Lunatic asylums Punjab 1881-1894 - 1881-1894
Year: 1881
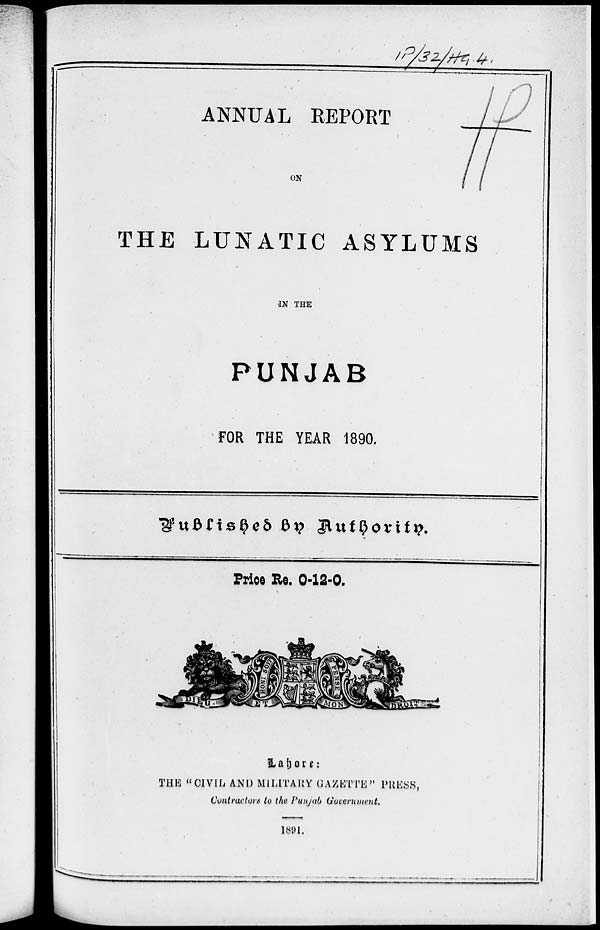
ANNUAL REPORT
ON
THE LUNATIC ASYLUMS
IN THE
PUNJAB
FOR THE YEAR 1890.
Published
by
Authority.
Price Re. 0-12-0.
Lahore:
THE "CIVIL AND MILITARY GAZETTE" PRESS,
Contractors to the Punjab Government.
1891.